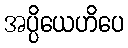
အပ္ပိယေဟိပေ